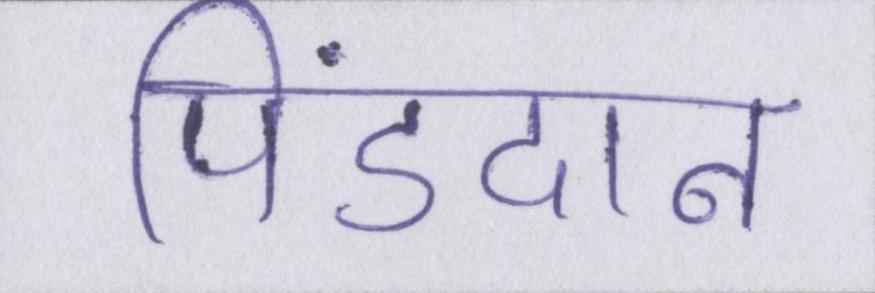
पिंडदान